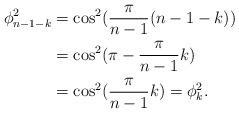
LaTeX: \begin{align*}\phi^2_{n-1-k}&=\cos^2(\frac{\pi}{n-1}(n-1-k))\\&=\cos^2(\pi-\frac{\pi}{n-1}k)\\&=\cos^2(\frac{\pi}{n-1}k)=\phi^2_{k}.\end{align*}